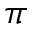
\pi